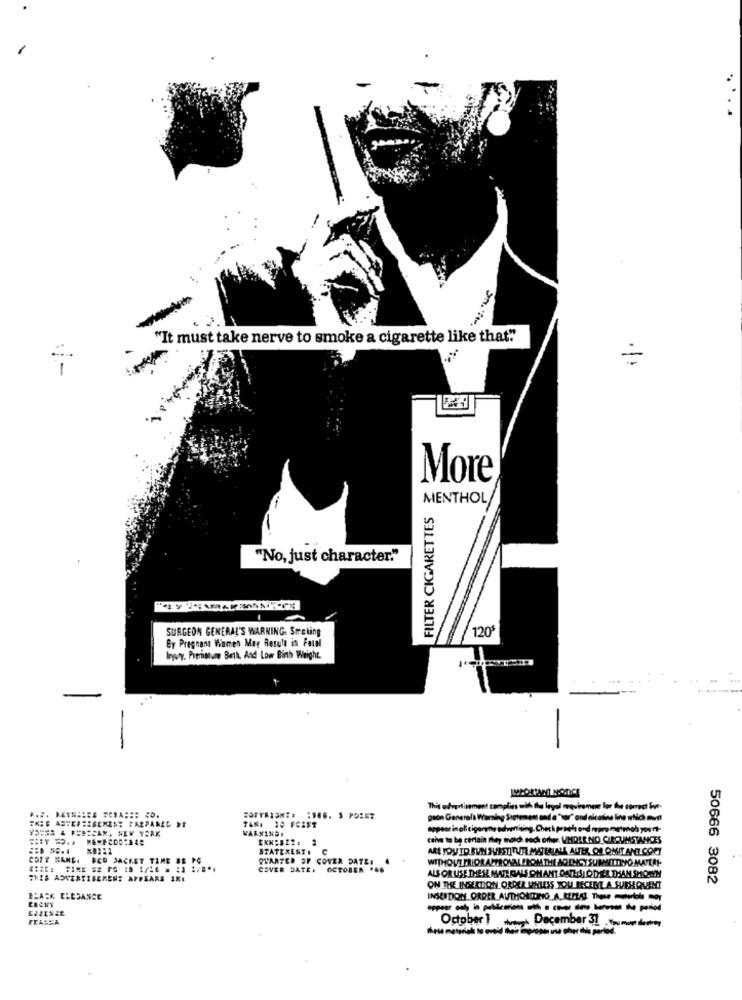
"It must take nerve to smoke a cigarette like that"
=
More
MENTHOL
FILTER CIGARETTES
-
"No, just character."
SURGEON GENERAL'S WARNING. Smoking
120
By Pregnant Women Mer Result in Fatal
Inwoy. Premature Beth, And Low Binh Weight.
This odvartivement complies with the legal meovirement for the correct fore-
pion Generals Waring Sortemen and a "sar" ord nicotine line which mun!
VARNINGF
ceive to be certain they moich each other. UMDIE.NO CIRCUMSTANCES
STATERENE . C
ARE JOU ID BUN SVESTI TUTI MATERIALL AUTE, OR OMIT ANT.COPY
COTY NAME. RED JACKET TAME BE PC
QUARTER OF COVER DATEE .
WITHOUTPRIORAPPROVAL FROM THE AGENCY SUMMITIVO MAYLAL-
COVER DATE.
OCTOBER ...
THIS ADVERTISEMENT APPEARS 1KI
ALS OR USE THESE MATERIALS ON ANT DATHILL OTHER THAN SHOCH
50666 3082
ON THE INSERTION ORDER UNLESS YOU RECENT A SUESQUENT
BLACK ELESANGE
INSEIDON ORDER AUTHORITING_ A_RENAL The moth moy
£24EN&E
October 1
the December 31 .
propia unte ther ihla perlod.